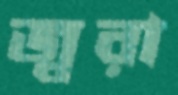
জ্বরা